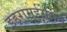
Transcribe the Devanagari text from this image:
इहरामईसराम्